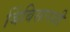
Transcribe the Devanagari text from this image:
बिंबिसारशी